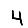
Digit: 4